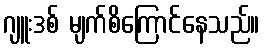
ဂျူးဒစ် မျက်စိကြောင်နေသည်။